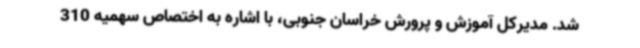
شد. مدیرکل آموزش و پرورش خراسان جنوبی، با اشاره به اختصاص سهمیه 310